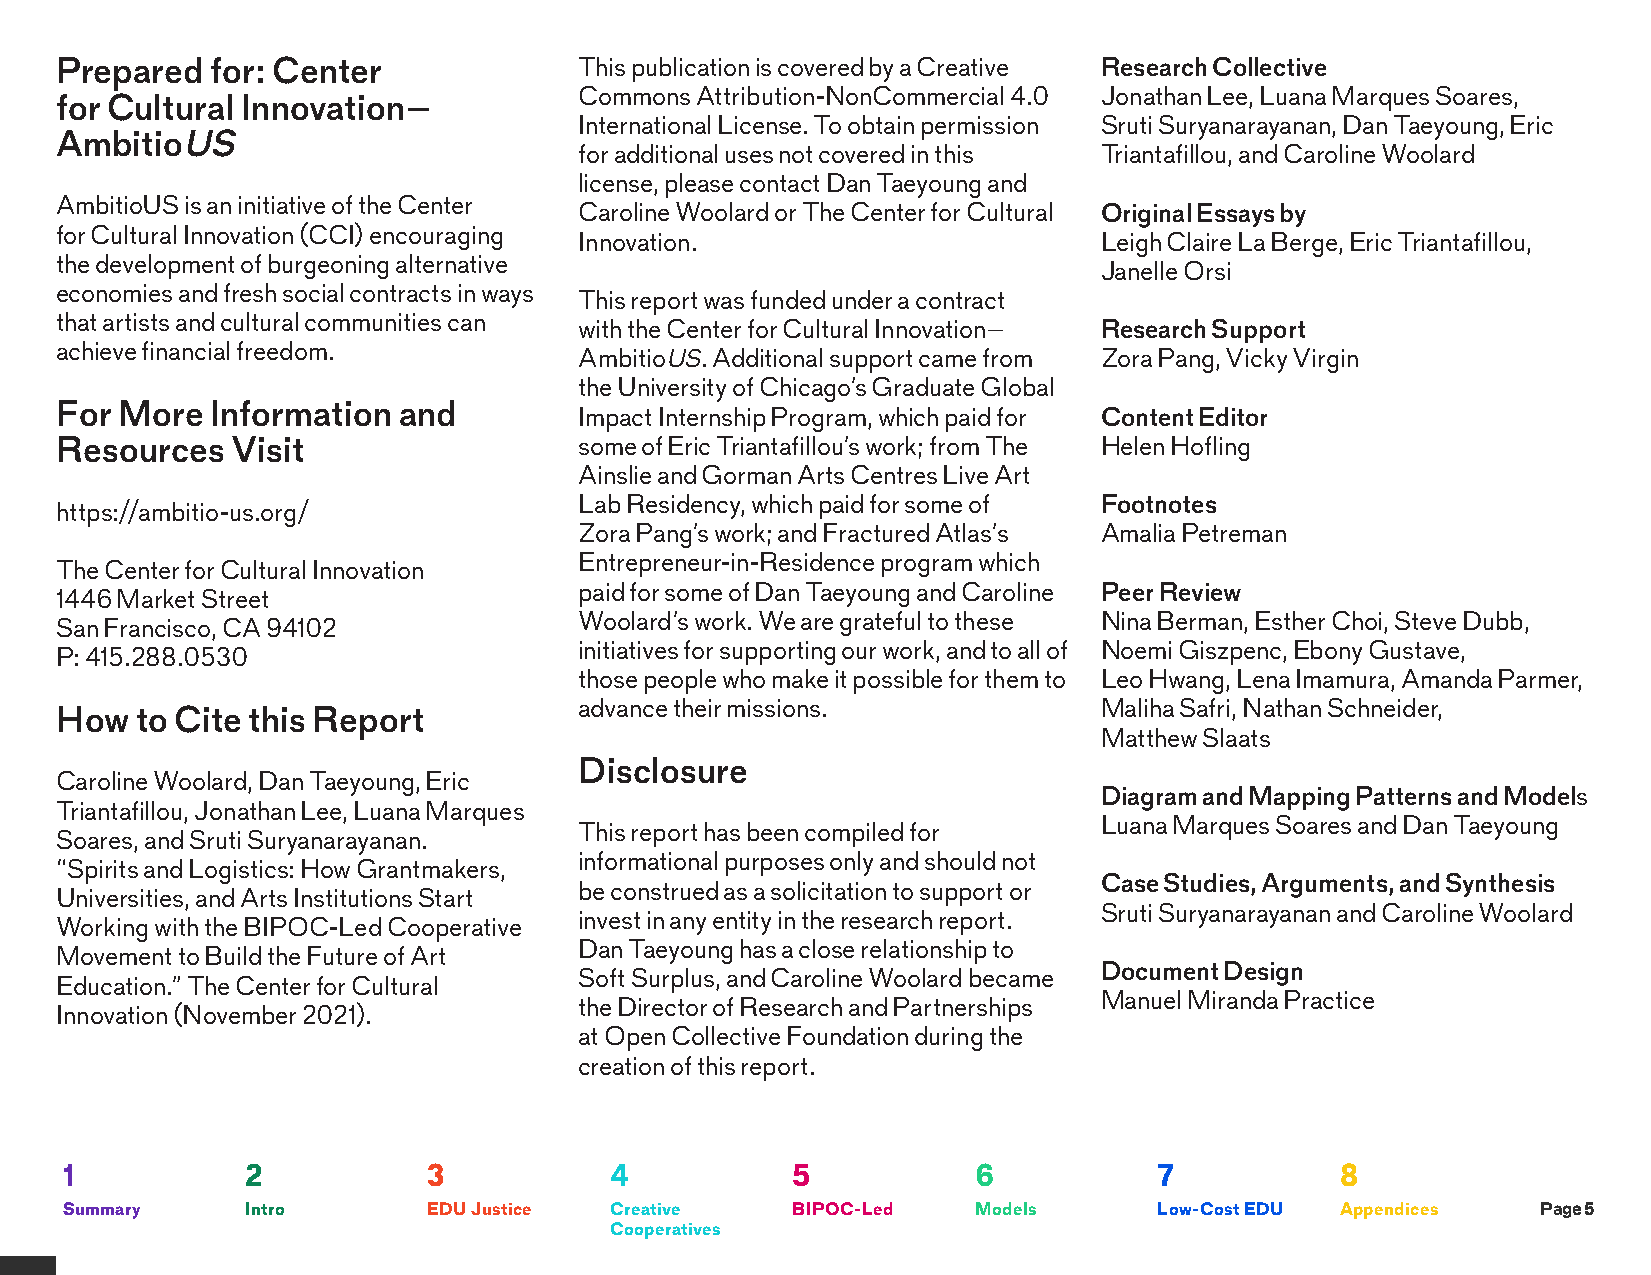
Prepared  for: Center             This publication is covered by a Creative Research Collective
 Commons Attribution-NonCommercial 4.0 Jonathan Lee, Luana Marques Soares,
 for Cultural Innovation–
 International License. To obtain permission Sruti Suryanarayanan, Dan Taeyoung, Eric
 AmbitioUS
 for additional uses not covered in this Triantafillou, and Caroline Woolard
 license, please contact Dan Taeyoung and
 AmbitioUS is an initiative of the Center
 Caroline Woolard or The Center for Cultural Original Essays by
 for Cultural Innovation (CCI) encouraging
 Innovation.                        Leigh Claire La Berge, Eric Triantafillou,
 the development of burgeoning alternative
 Janelle Orsi
 economies and fresh social contracts in ways
 This report was funded under a contract
 that artists and cultural communities can
 with the Center for Cultural Innovation– Research Support
 achieve financial freedom.
 AmbitioUS. Additional support came from Zora Pang, Vicky Virgin
 the University of Chicago’s Graduate Global
 For More  Information and
 Impact Internship Program, which paid for Content Editor
 Resources  Visit                  some of Eric Triantafillou’s work; from The Helen Hofling
 Ainslie and Gorman Arts Centres Live Art
 Lab Residency, which paid for some of Footnotes
 https://ambitio-us.org/
 Zora Pang’s work; and Fractured Atlas’s Amalia Petreman
 Entrepreneur-in-Residence program which
 The Center for Cultural Innovation
 paid for some of Dan Taeyoung and Caroline Peer Review
 1446 Market Street
 Woolard’s work. We are grateful to these Nina Berman, Esther Choi, Steve Dubb,
 San Francisco, CA 94102
 initiatives for supporting our work, and to all of Noemi Giszpenc, Ebony Gustave,
 P: 415.288.0530
 those people who make it possible for them to Leo Hwang, Lena Imamura, Amanda Parmer,
 advance their missions.            Maliha Safri, Nathan Schneider,
 How  to Cite this Report
 Matthew Slaats
 Disclosure
 Caroline Woolard, Dan Taeyoung, Eric
 Diagram and Mapping Patterns and Models
 Triantafillou, Jonathan Lee, Luana Marques
 Luana Marques Soares and Dan Taeyoung
 This report has been compiled for
 Soares, and Sruti Suryanarayanan.
 informational purposes only and should not
 “Spirits and Logistics: How Grantmakers,
 Case Studies, Arguments, and Synthesis
 be construed as a solicitation to support or
 Universities, and Arts Institutions Start
 Sruti Suryanarayanan and Caroline Woolard
 invest in any entity in the research report.
 Working with the BIPOC-Led Cooperative
 Dan Taeyoung has a close relationship to
 Movement to Build the Future of Art
 Document Design
 Soft Surplus, and Caroline Woolard became
 Education.” The Center for Cultural
 Manuel Miranda Practice
 the Director of Research and Partnerships
 Innovation (November 2021).
 at Open Collective Foundation during the
 creation of this report.
 1           2           3           4           5            6           7           8
 Summary     Intro       EDU Justice Creative    BIPOC-Led    Models      Low-Cost EDU Appendices  Page 5
 Cooperatives